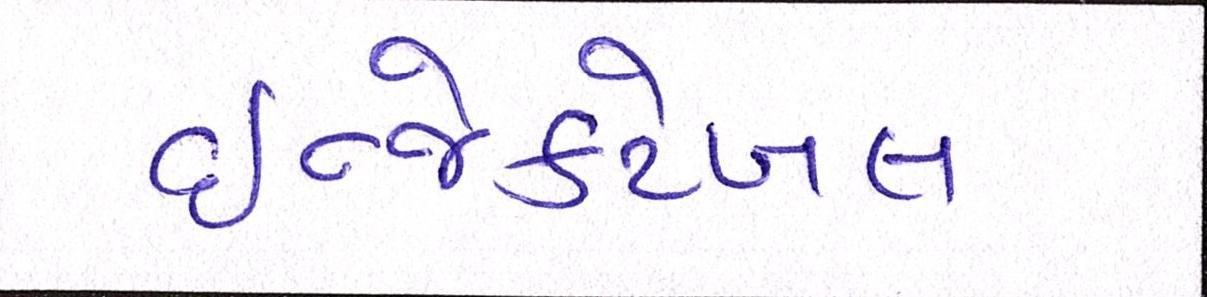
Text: ઇન્જેક્ટેબલ